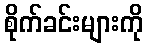
စိုက်ခင်းများကို